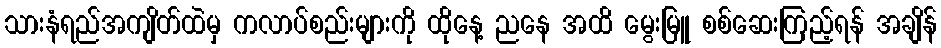
သားနံရည်အကျိတ်ထဲမှ ကလာပ်စည်းများကို ထိုနေ့ ညနေ အထိ မွေးမြူ စစ်ဆေးကြည့်ရန် အချိန်